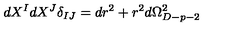
\, d X ^ { I } d X ^ { J } \delta _ { I J } = d r ^ { 2 } + r ^ { 2 } d \Omega _ { D - p - 2 } ^ { 2 }